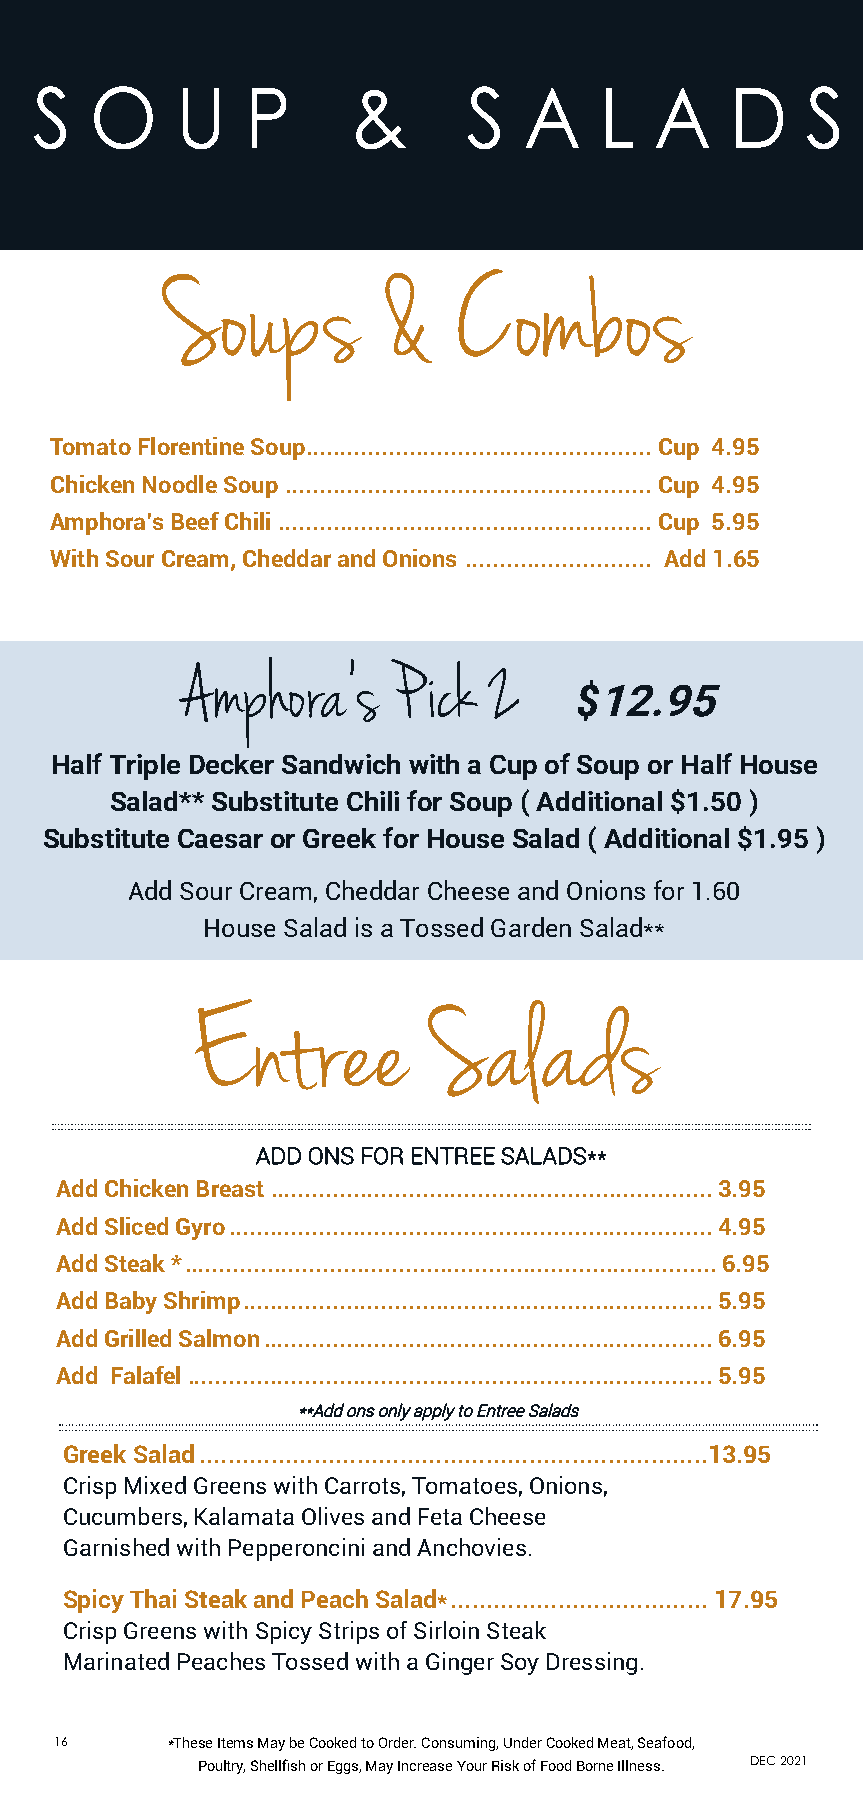
S   O     U   P      &       S   A    L  A    D    S
 Soups         &    C   ombos
 Tomato Florentine Soup .................................................. Cup 4.95
 Chicken Noodle Soup ..................................................... Cup 4.95
 Amphora’s Beef Chili ......................................................Cup 5.95
 With Sour Cream, Cheddar and Onions ........................... Add 1.65
 Amphora’s     P ick 2
 $12.95
 Half Triple Decker Sandwich with a Cup of Soup or Half House
 Salad** Substitute Chili for Soup ( Additional $1.50 )
 Substitute Caesar or Greek for House Salad ( Additional $1.95 )
 Add Sour Cream, Cheddar Cheese and Onions for 1.60
 House Salad is a Tossed Garden Salad**
 Entree         Salads
 ADD ONS FOR ENTREE SALADS**
 Add Chicken Breast ................................................................3.95
 Add Sliced Gyro ......................................................................4.95
 Add Steak * ............................................................................. 6.95
 Add Baby Shrimp ....................................................................5.95
 Add Grilled Salmon .................................................................6.95
 Add Falafel ............................................................................5.95
 **Add ons only apply to Entree Salads
 Greek Salad .......................................................................13.95
 Crisp Mixed Greens with Carrots, Tomatoes, Onions,
 Cucumbers, Kalamata Olives and Feta Cheese
 Garnished with Pepperoncini and Anchovies.
 Spicy Thai Steak and Peach Salad* .................................... 17.95
 Crisp Greens with Spicy Strips of Sirloin Steak
 Marinated Peaches Tossed with a Ginger Soy Dressing.
 16     *These Items May be Cooked to Order. Consuming, Under Cooked Meat, Seafood,
 Poultry, Shellfish or Eggs, May Increase Your Risk of Food Borne Illness. DEC 2021